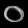
Digit: ၀